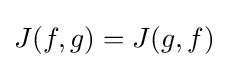
J(f,g)=J(g,f)